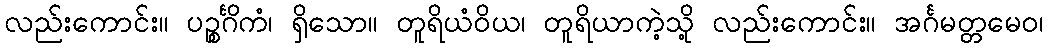
လည်းကောင်း။ ပဉ္စင်္ဂိကံ၊ ရှိသော။ တူရိယံဝိယ၊ တူရိယာကဲ့သို့ လည်းကောင်း။ အင်္ဂမတ္တမေဝ၊